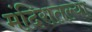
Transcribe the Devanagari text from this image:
मंदिरातल्या